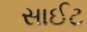
સાઈટ